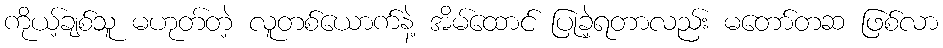
ကိုယ့်ချစ်သူ မဟုတ်တဲ့ လူတစ်ယောက်နဲ့ အိမ်ထောင် ပြုခဲ့ရတာလည်း မတော်တဆ ဖြစ်လာ